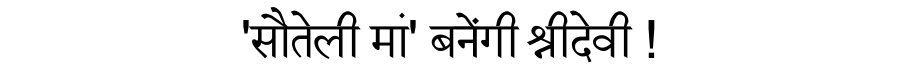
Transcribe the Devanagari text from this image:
'सौतेली मां' बनेंगी श्रीदेवी !